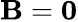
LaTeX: \mathbf B=\mathbf 0